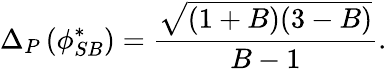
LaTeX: \Delta_{P}\left(\phi_{SB}^{*}\right)=\frac{\sqrt{(1+B)(3-B)}}{B-1}.